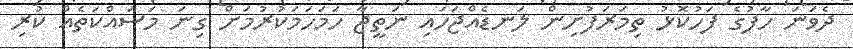
ދެވަނަ ހާފުގެ ފަހުކޮޅު ތިމަރަފުށިން ލަނޑެއްޖަހައި ނަތީޖާ ހަމަހަމަކުރުމަށް ގިނަ މަސައްކަތެއް ކުރި